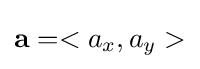
{\textbf {a}}=<a_{x},a_{y}>